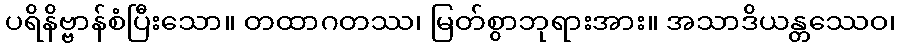
ပရိနိဗ္ဗာန်စံပြီးသော။ တထာဂတဿ၊ မြတ်စွာဘုရားအား။ အသာဒိယန္တဿေဝ၊